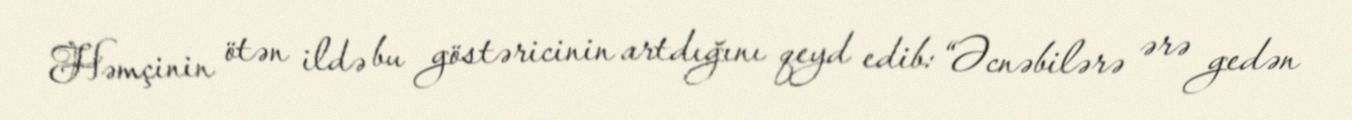
Həmçinin ötən ildə bu göstəricinin artdığını qeyd edib: “Əcnəbilərə ərə gedən